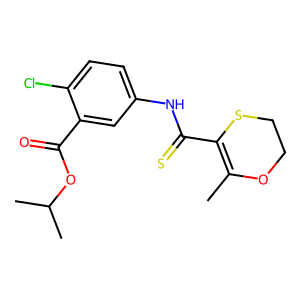
SMILES: CC1=C(C(=S)Nc2ccc(Cl)c(C(=O)OC(C)C)c2)SCCO1
Inhibits HIV replication: Yes